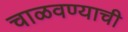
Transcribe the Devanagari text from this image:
चाळवण्याची